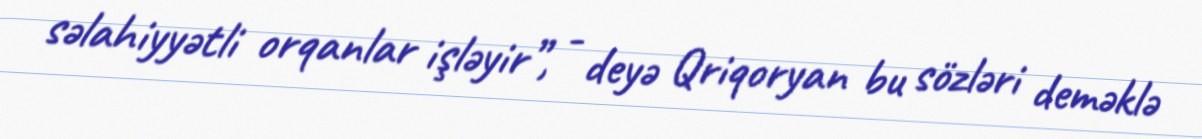
səlahiyyətli orqanlar işləyir”, - deyə Qriqoryan bu sözləri deməklə